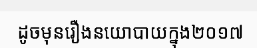
ដូចមុនរឿងនយោបាយក្នុង២០១៧